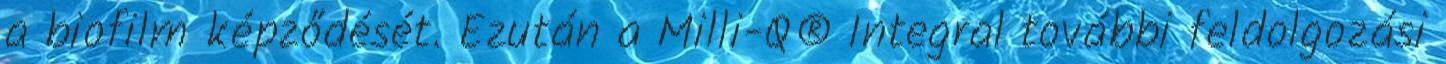
a biofilm képződését. Ezután a Milli-Q® Integral további feldolgozási